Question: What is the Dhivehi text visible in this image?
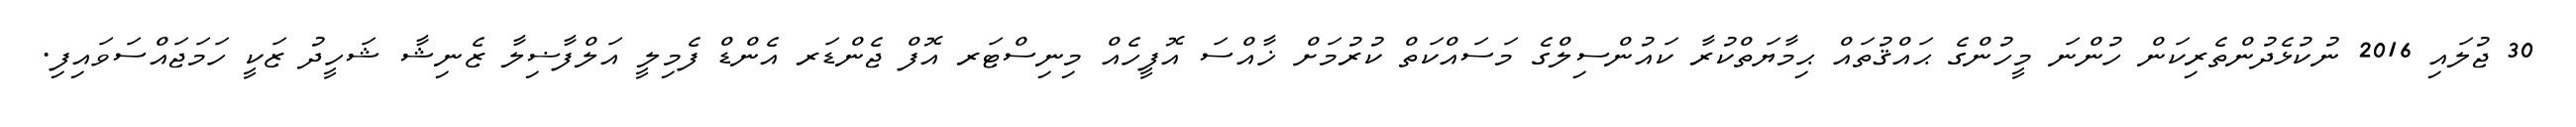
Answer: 30 ޖުލައި 2016 ނުކުޅެދުންތެރިކަން ހުންނަ މީހުންގެ ޙައްޤުތައް ޙިމާޔަތްކުރާ ކައުންސިލްގެ މަސައްކަތް ކުރުމަށް ޚާއްސަ އޮފީހެއް މިނިސްޓަރ އޮފް ޖެންޑަރ އެންޑް ފެމިލީ އަލްފާޟިލާ ޒެނިޝާ ޝަހީދު ޒަކީ ހަމަޖައްސަވައިފި.